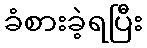
ခံစားခဲ့ရပြီး